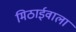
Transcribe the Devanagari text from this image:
मिठार्इवाला